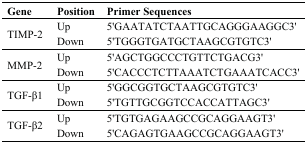
| Gene | Position | Primer Sequences |
 | --- | --- | --- |
 | <ROWSPAN=2> TIMP-2 | Up | 5'GAATATCTAATTGCAGGGAAGGC3' |
 | Down | 5'TGGGTGATGCTAAGCGTGTC3' |
 | <ROWSPAN=2> MMP-2 | Up | 5'AGCTGGCCCTGTTCTGACG3' |
 | Down | 5'CACCCTCTTAAATCTGAAATCACC3' |
 | <ROWSPAN=2> TGF-β1 | Up | 5'GGCGGTGCTAAGCGTGTC3' |
 | Down | 5'TGTTGCGGTCCACCATTAGC3' |
 | <ROWSPAN=2> TGF-β2 | Up | 5'TGTGAGAAGCCGCAGGAAGT3' |
 | Down | 5'CAGAGTGAAGCCGCAGGAAGT3' |